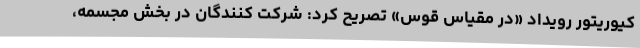
کیوریتور رویداد «در مقیاس قوس» تصریح کرد: شرکت کنندگان در بخش مجسمه،